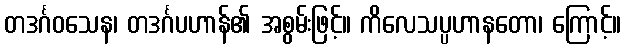
တဒင်္ဂဝသေန၊ တဒင်္ဂပဟာန်၏ အစွမ်းဖြင့်။ ကိလေသပ္ပဟာနတော၊ ကြောင့်။